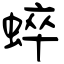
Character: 蜶